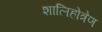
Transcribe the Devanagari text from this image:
शालिहोत्रेण